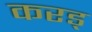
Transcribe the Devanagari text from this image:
करड्